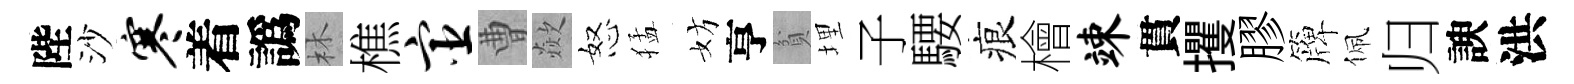
陛沙寒着譌林樵宦曹歘怒猛妨亨貧埋子騕痕檜竦貫攫膠簰佩归諛洪